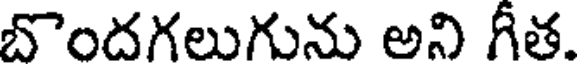
బొందగలుగును అని గీత.